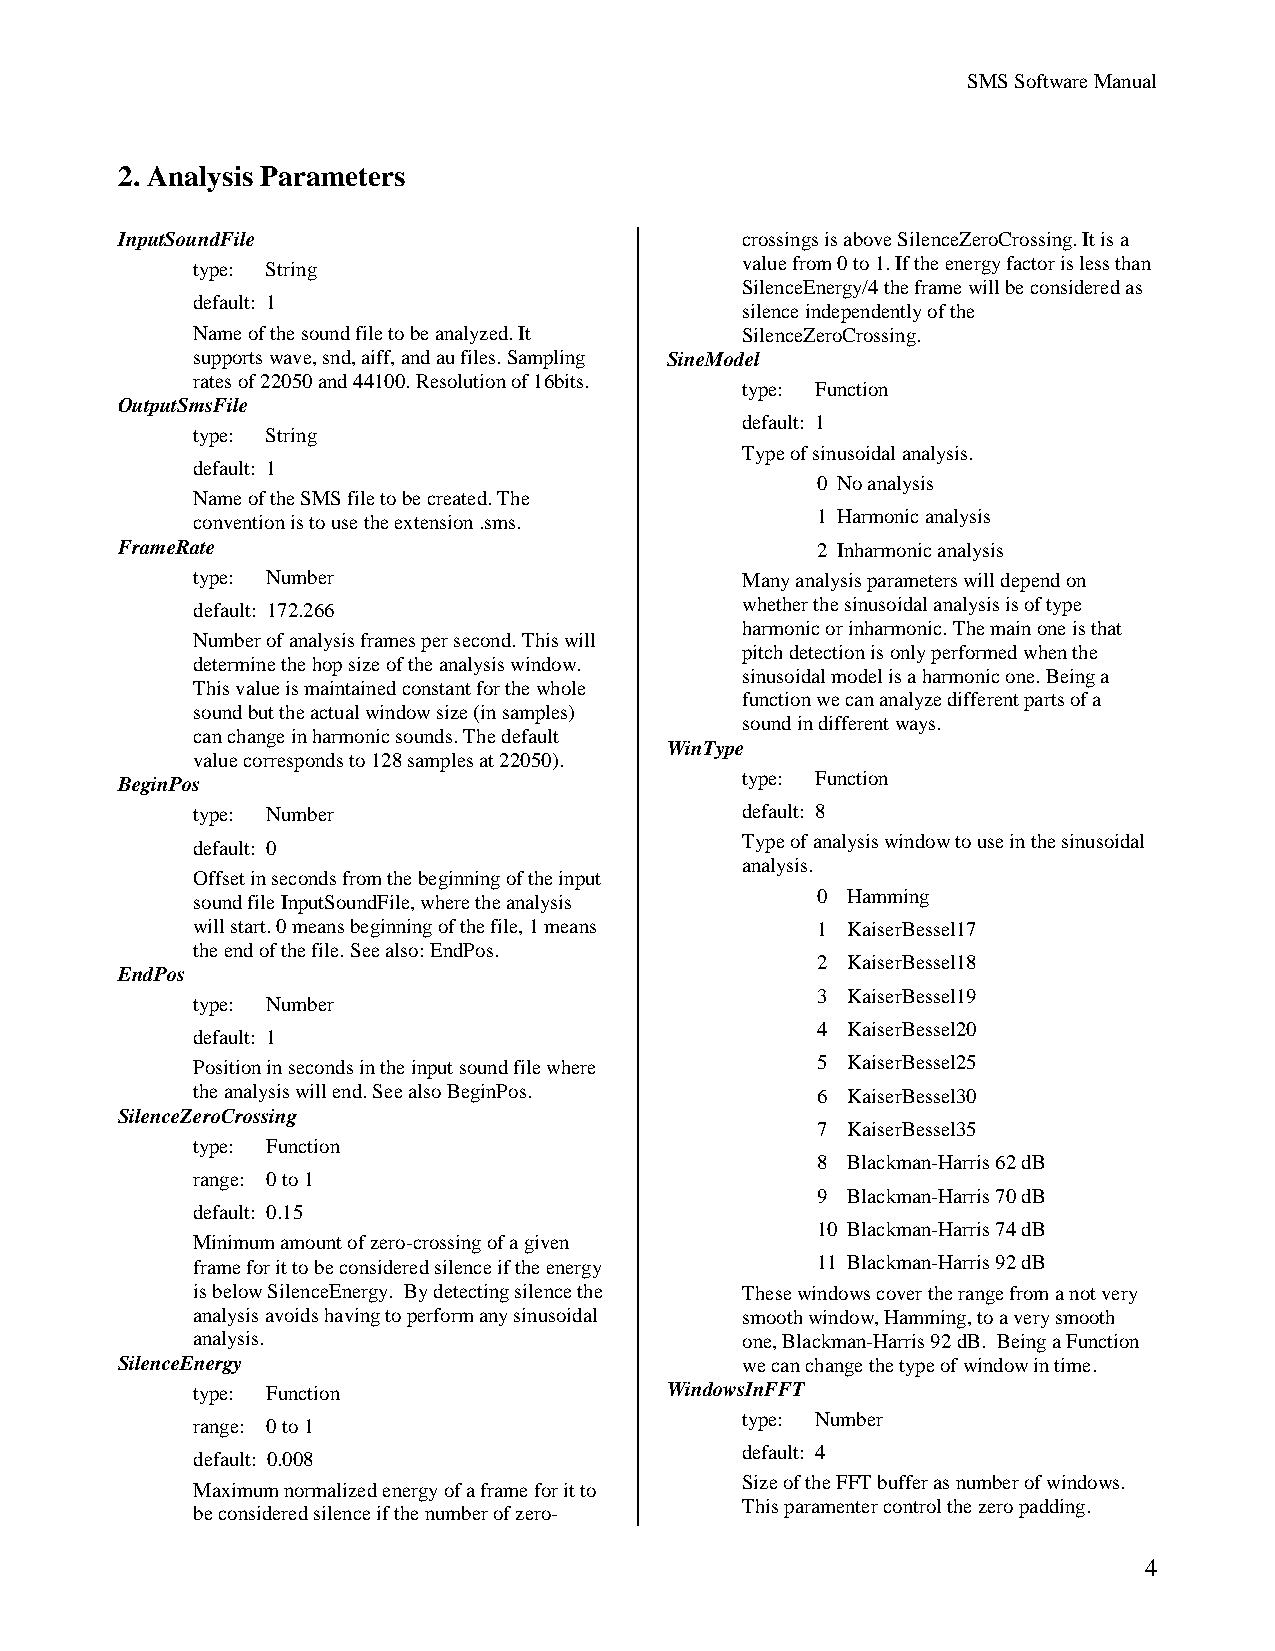
SMS Software Manual
 2. Analysis Parameters
 InputSoundFile                           crossings is above SilenceZeroCrossing. It is a
 value from 0 to 1. If the energy factor is less than
 type: String
 SilenceEnergy/4 the frame will be considered as
 default: 1
 silence independently of the
 Name of the sound file to be analyzed. It SilenceZeroCrossing.
 supports wave, snd, aiff, and au files. Sampling SineModel
 rates of 22050 and 44100. Resolution of 16bits.
 type: Function
 OutputSmsFile
 default: 1
 type: String
 Type of sinusoidal analysis.
 default: 1
 0 No analysis
 Name of the SMS file to be created. The
 1 Harmonic analysis
 convention is to use the extension .sms.
 FrameRate                                     2 Inharmonic analysis
 type: Number                        Many analysis parameters will depend on
 whether the sinusoidal analysis is of type
 default: 172.266
 harmonic or inharmonic. The main one is that
 Number of analysis frames per second. This will
 pitch detection is only performed when the
 determine the hop size of the analysis window.
 sinusoidal model is a harmonic one. Being a
 This value is maintained constant for the whole
 function we can analyze different parts of a
 sound but the actual window size (in samples)
 sound in different ways.
 can change in harmonic sounds. The default
 WinType
 value corresponds to 128 samples at 22050).
 type: Function
 BeginPos
 type: Number                        default: 8
 Type of analysis window to use in the sinusoidal
 default: 0
 analysis.
 Offset in seconds from the beginning of the input
 0 Hamming
 sound file InputSoundFile, where the analysis
 will start. 0 means beginning of the file, 1 means 1 KaiserBessel17
 the end of the file. See also: EndPos.
 2 KaiserBessel18
 EndPos
 3 KaiserBessel19
 type: Number
 4 KaiserBessel20
 default: 1
 Position in seconds in the input sound file where 5 KaiserBessel25
 the analysis will end. See also BeginPos. 6 KaiserBessel30
 SilenceZeroCrossing
 7 KaiserBessel35
 type: Function
 8 Blackman-Harris 62 dB
 range: 0 to 1
 9 Blackman-Harris 70 dB
 default: 0.15
 10 Blackman-Harris 74 dB
 Minimum amount of zero-crossing of a given
 frame for it to be considered silence if the energy 11 Blackman-Harris 92 dB
 is below SilenceEnergy. By detecting silence the These windows cover the range from a not very
 analysis avoids having to perform any sinusoidal smooth window, Hamming, to a very smooth
 analysis.                           one, Blackman-Harris 92 dB. Being a Function
 SilenceEnergy                            we can change the type of window in time.
 type: Function                 WindowsInFFT
 type: Number
 range: 0 to 1
 default: 4
 default: 0.008
 Size of the FFT buffer as number of windows.
 Maximum normalized energy of a frame for it to
 This paramenter control the zero padding.
 be considered silence if the number of zero-
 4